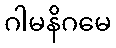
ဂါမနိဂမေ